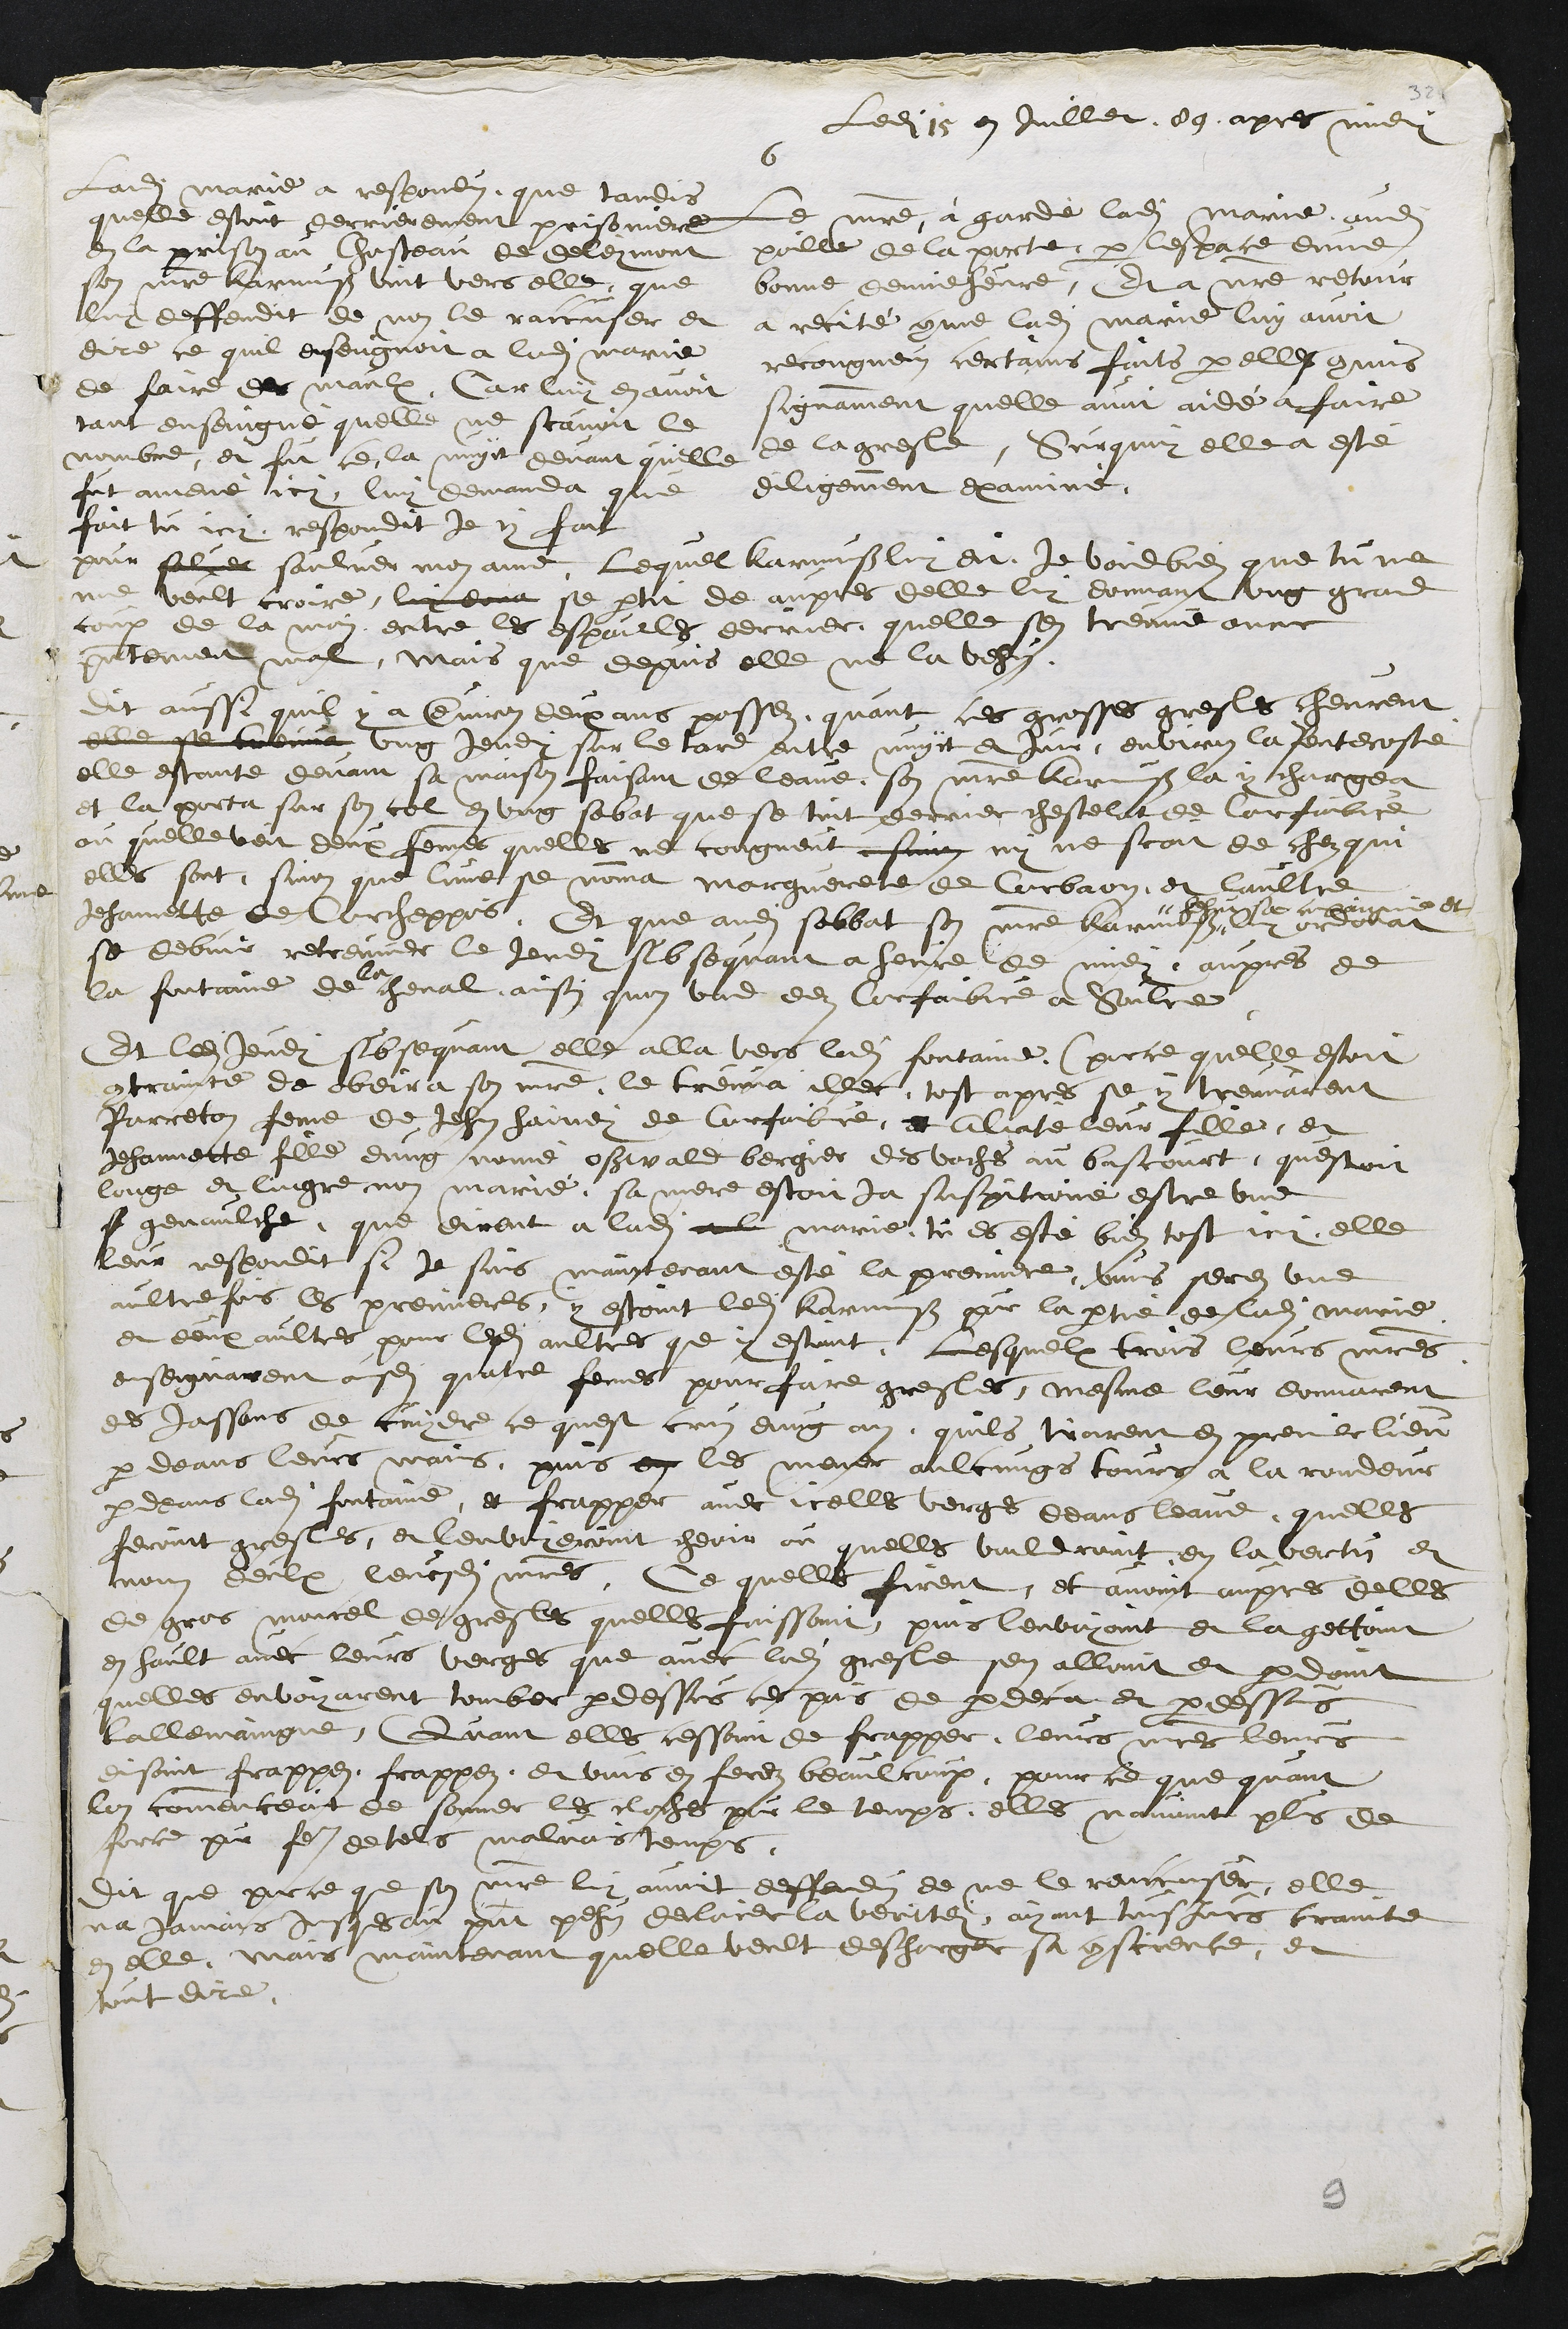
ledit 15 en juillet 89 apres midy
6
Le maitre a gardé ladite Marie audit
poille de la porte par lespace dune
bonne demie heure, Et a notre retour
a recité comme ladite Marie luy avoit
recongneus certains faits par elle commis
signamment quelle avoit aidé a faire
de la gresle, Sur quoy elle a esté
diligemment examiné,

Ladite Marie a respondus que tandis
quelle estoit derrierement prisonniere
en la prison au Chasteau de deleymont
son maitre Karmuss vint vers elle que
luy deffendit de non le raccuser et
dire ce quil enseugnoit a ladite Marie
de faire des maulx, Car luy en avoit
tant ensoingné quelle ne scavoit le
nombre, et fut ce la nuyt devant quelle
fut amené icy, luy demanda que
fait tu icy, respondit je y fait
pour elle salver saulver mon ame, lequel Karmuss luy dit Je vois bien que tu ne
me veult croire, luy dona se partit de aupres delle luy donnant ung grand
coup de la main entre les espaules derrier quelle sen treuve encor
presentement mal, mais que depuis elle ne la vehus
dit aussi quil y a environ deux ans passez quant ces grosses gresles cheurent
elle se treuva ung Jeudy sur le tard entre nuyct et Jour, environ la Pentecoste
elle estante devant sa maison faisant de leaue, son maitre Karmuss la y chargea
et la porta sur son col en ung sabat que se tint derrier chestelat de Corfaibvre
ou quelle veit deux femmes quelles ne congneut en sinon ny ne scait de chez qui
elles sont, sinon que lune se nomma Marguerete de Corbaon, et laultre
Jehannette de Corcheppois, Et que audit sabbat son maitre Karmuss #
# hehut sa compaignie et
luy ordonat
se debvoir retreuver le jeudy subsequant a heure de midy aupres de
la fontaine de la cheval, ainsi quon vad dez Corfaibvre à Soulce
Et ledit jeudy subsequant elle alla vers ladite fontaine (parce quelle estoit
contrainte de obeir a son maitre) le treuva illec, tost apres se y treuvarent
Parreton feme de Jehan hainein de Corfaibvre, et Aliate leur fille, et
Jehannette fille dung nomé oswald bergier des vaches au bascourt questoit
longe et lingre non marié, sa mere estoit ja suspitioné estre une
f genaulche, que dirent a ladite a l marie tu es esté bien tost icy elle
leur respondit si je suis maintenant esté la premiere, vous seres une
aultre fois les premieres, y estoint ledit Karmuss pour la partie de ladite Marie
et deux aultres pour lesdites aultres que y estoint Lesquelx trois leurs maitres
enseignarent ausdites quatre femmes pour faire gresles, mesme leur donnarent
des jassons de cuydre ce quest crus dung an, quils tirarent en premier lieu
par deans leurs mains puis en les mener aulcungs tours a la rondeur
par deans ladite fontaine, et frapper avec icelles verges deans leaue, quelle
feroint gresles, et lenvoyeroint cheoir ou quelles vouldroint en la vertu et
nom deulx leursdits maitres. Ce quelle firent, et avoit aupres delles
de gros moncel de gresles quelles faissoint, puis lenvoyoint et la gettoint
en hault avec leurs verges que avec ladite gresle sen alloint et perdoint
quelles envoyarent tomber par dessus ce pais de pardeca et par dessus
lallemaingne, Quant elles cessoint de frapper leurs maitres leurs
disoint frappez frappez, et vous en ferez beaulcoux, pour ce que quant
lon commenceoit de sonner les cloches pour le temps, elles navoint plus de
force pour faire de tels malvais temps.
dit que parce que son maitre luy avoit deffendus de ne le raiccuser, elle
na Jamais jusques au present pehus declarer la veritey, ayant tousjours crainte
en elle, mais maintenant quelle veult descharger sa conscience, et
tout dire.